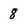
Character: 8